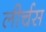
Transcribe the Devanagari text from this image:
लीर्चस